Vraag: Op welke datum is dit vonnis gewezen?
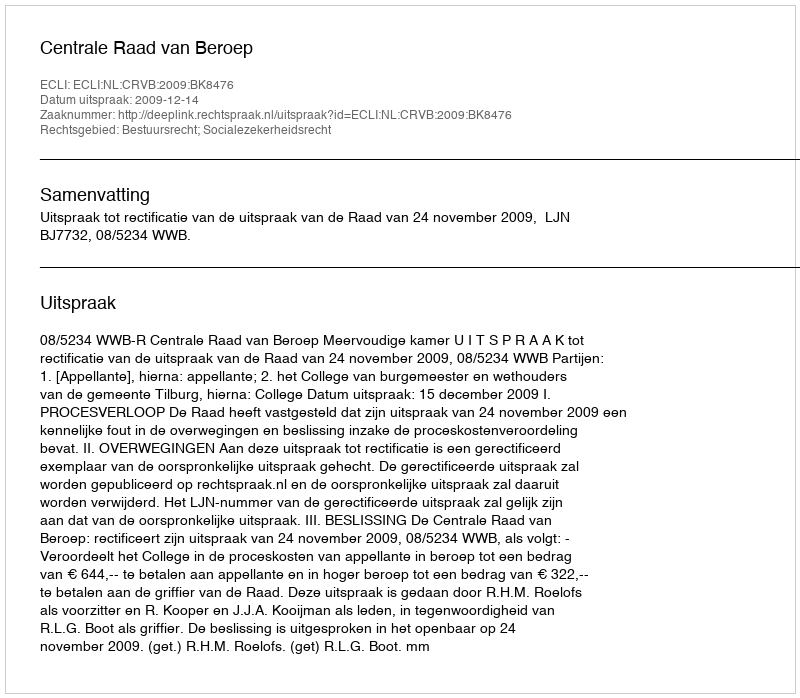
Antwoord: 2009-12-14